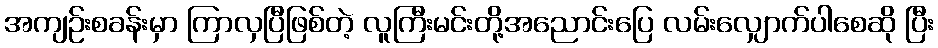
အကျဉ်းစခန်းမှာ ကြာလှပြီဖြစ်တဲ့ လူကြီးမင်းတို့အညောင်းပြေ လမ်းလျှောက်ပါစေဆို ပြီး